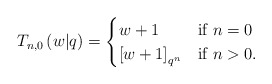
\begin{align*}T_{n,0}\left(w|q\right)=\begin{cases}w+1 & \mbox{if }n=0\\\left[w+1\right]_{q^{n}} & \mbox{if }n>0.\end{cases}\end{align*}